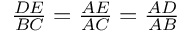
\textstyle { \frac { D E } { B C } } = { \frac { A E } { A C } } = { \frac { A D } { A B } }